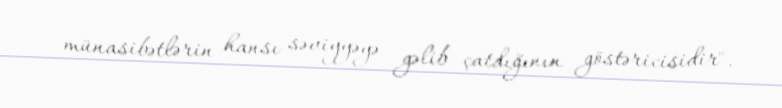
münasibətlərin hansı səviyyəyə gəlib çatdığının göstəricisidir".